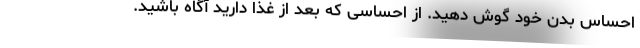
احساس بدن خود گوش دهید. از احساسی که بعد از غذا دارید آگاه باشید.